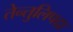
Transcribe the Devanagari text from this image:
तेन्तुलिपदा